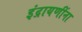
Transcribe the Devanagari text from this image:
इंद्रायणींना